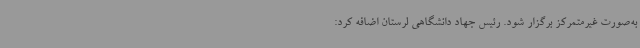
به‌صورت غیرمتمرکز برگزار شود. رئیس جهاد دانشگاهی لرستان اضافه کرد: